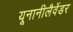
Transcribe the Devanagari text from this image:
यूनानीलैवेंडर